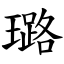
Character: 璐